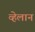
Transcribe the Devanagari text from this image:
व्हेलान